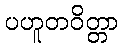
ပဟူတဝိတ္တာ